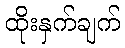
ထိုးနှက်ချက်